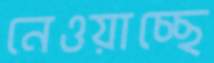
নেওয়াচ্ছে